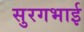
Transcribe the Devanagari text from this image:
सुरगभाई